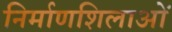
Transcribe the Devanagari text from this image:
निर्माणशिलाओं